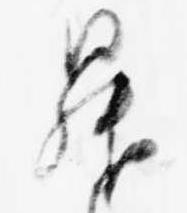
昇